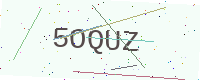
Text: 5OQUZ